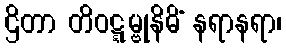
ဌိတာ တိဝဋ္ဋမ္ဗုနိဓိံ နရာနရာ၊